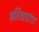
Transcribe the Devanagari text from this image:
प्रतिक्षप्तांश